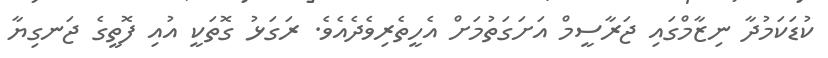
ކުޑަކަމުދާ ނިޒާމްގައި ޖަރާސީމް އަށަގަތުމަށް އެހީތެރިވެދެއެވެ. ރަގަޅު ގޮތަކީ އުއި ފޮތީގެ ޖަނގިޔާ